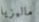
ماليزيا